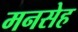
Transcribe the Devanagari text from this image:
मनसेह